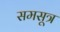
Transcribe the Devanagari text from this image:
समसूत्र